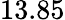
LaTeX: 13.85